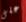
على